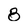
Character: 8